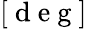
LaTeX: [\mathrm{~d~e~g~}]